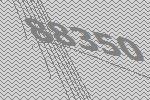
88350